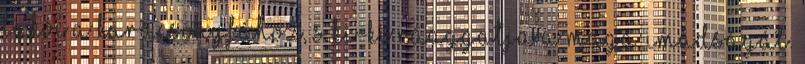
lakói a karácsonyfához, s ki-ki ráaggatja a maga imádságát.